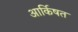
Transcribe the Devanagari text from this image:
आर्किषत